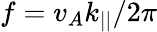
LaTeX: f=v_{A}k_{||}/2\pi